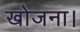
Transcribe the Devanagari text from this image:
खोजना।